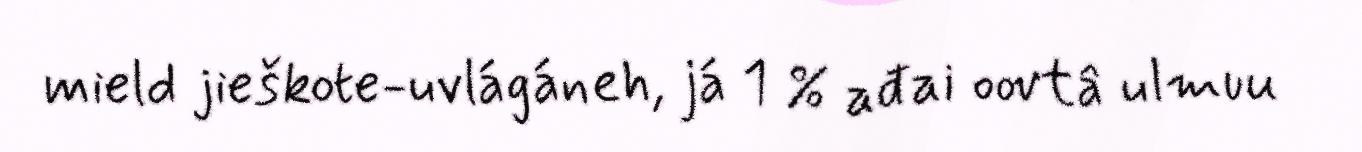
mield jieškote-uvlágáneh, já 1 % ađai oovtâ ulmuu